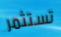
تستثمر